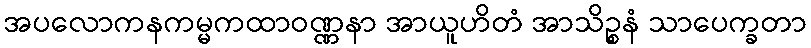
အပလောကနကမ္မကထာဝဏ္ဏနာ အာယူဟိတံ အာသိဉ္စနံ သာပေက္ခတာ